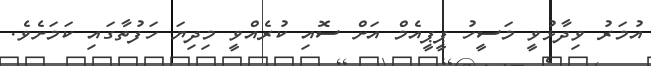
އުމަރު ވިދާޅުވީ މަސީހު ޕީޕީއެމް އަށް ސޮއި ކުރެއްވީ މިދިޔަ ހަފުތާގައި ކަމަށެވެ.